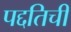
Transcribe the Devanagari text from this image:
पद्दतिची